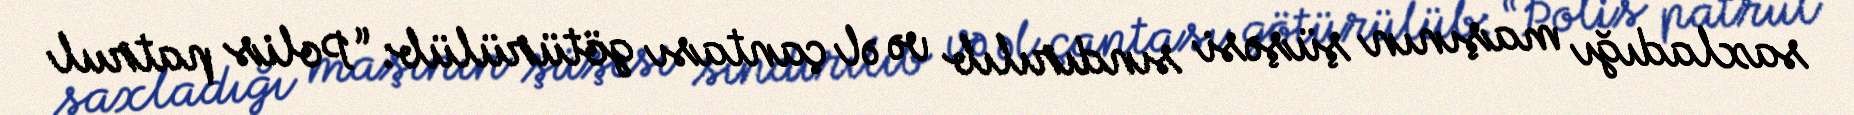
saxladığı maşının şüşəsi sındırılıb və əl çantası götürülüb: “Polis patrul